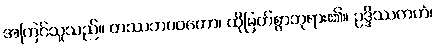
အကြင်သူသည်။ တဿဘဂဝတော၊ ထိုမြတ်စွာဘုရား၏။ ဥဒ္ဒိဿကတံ၊